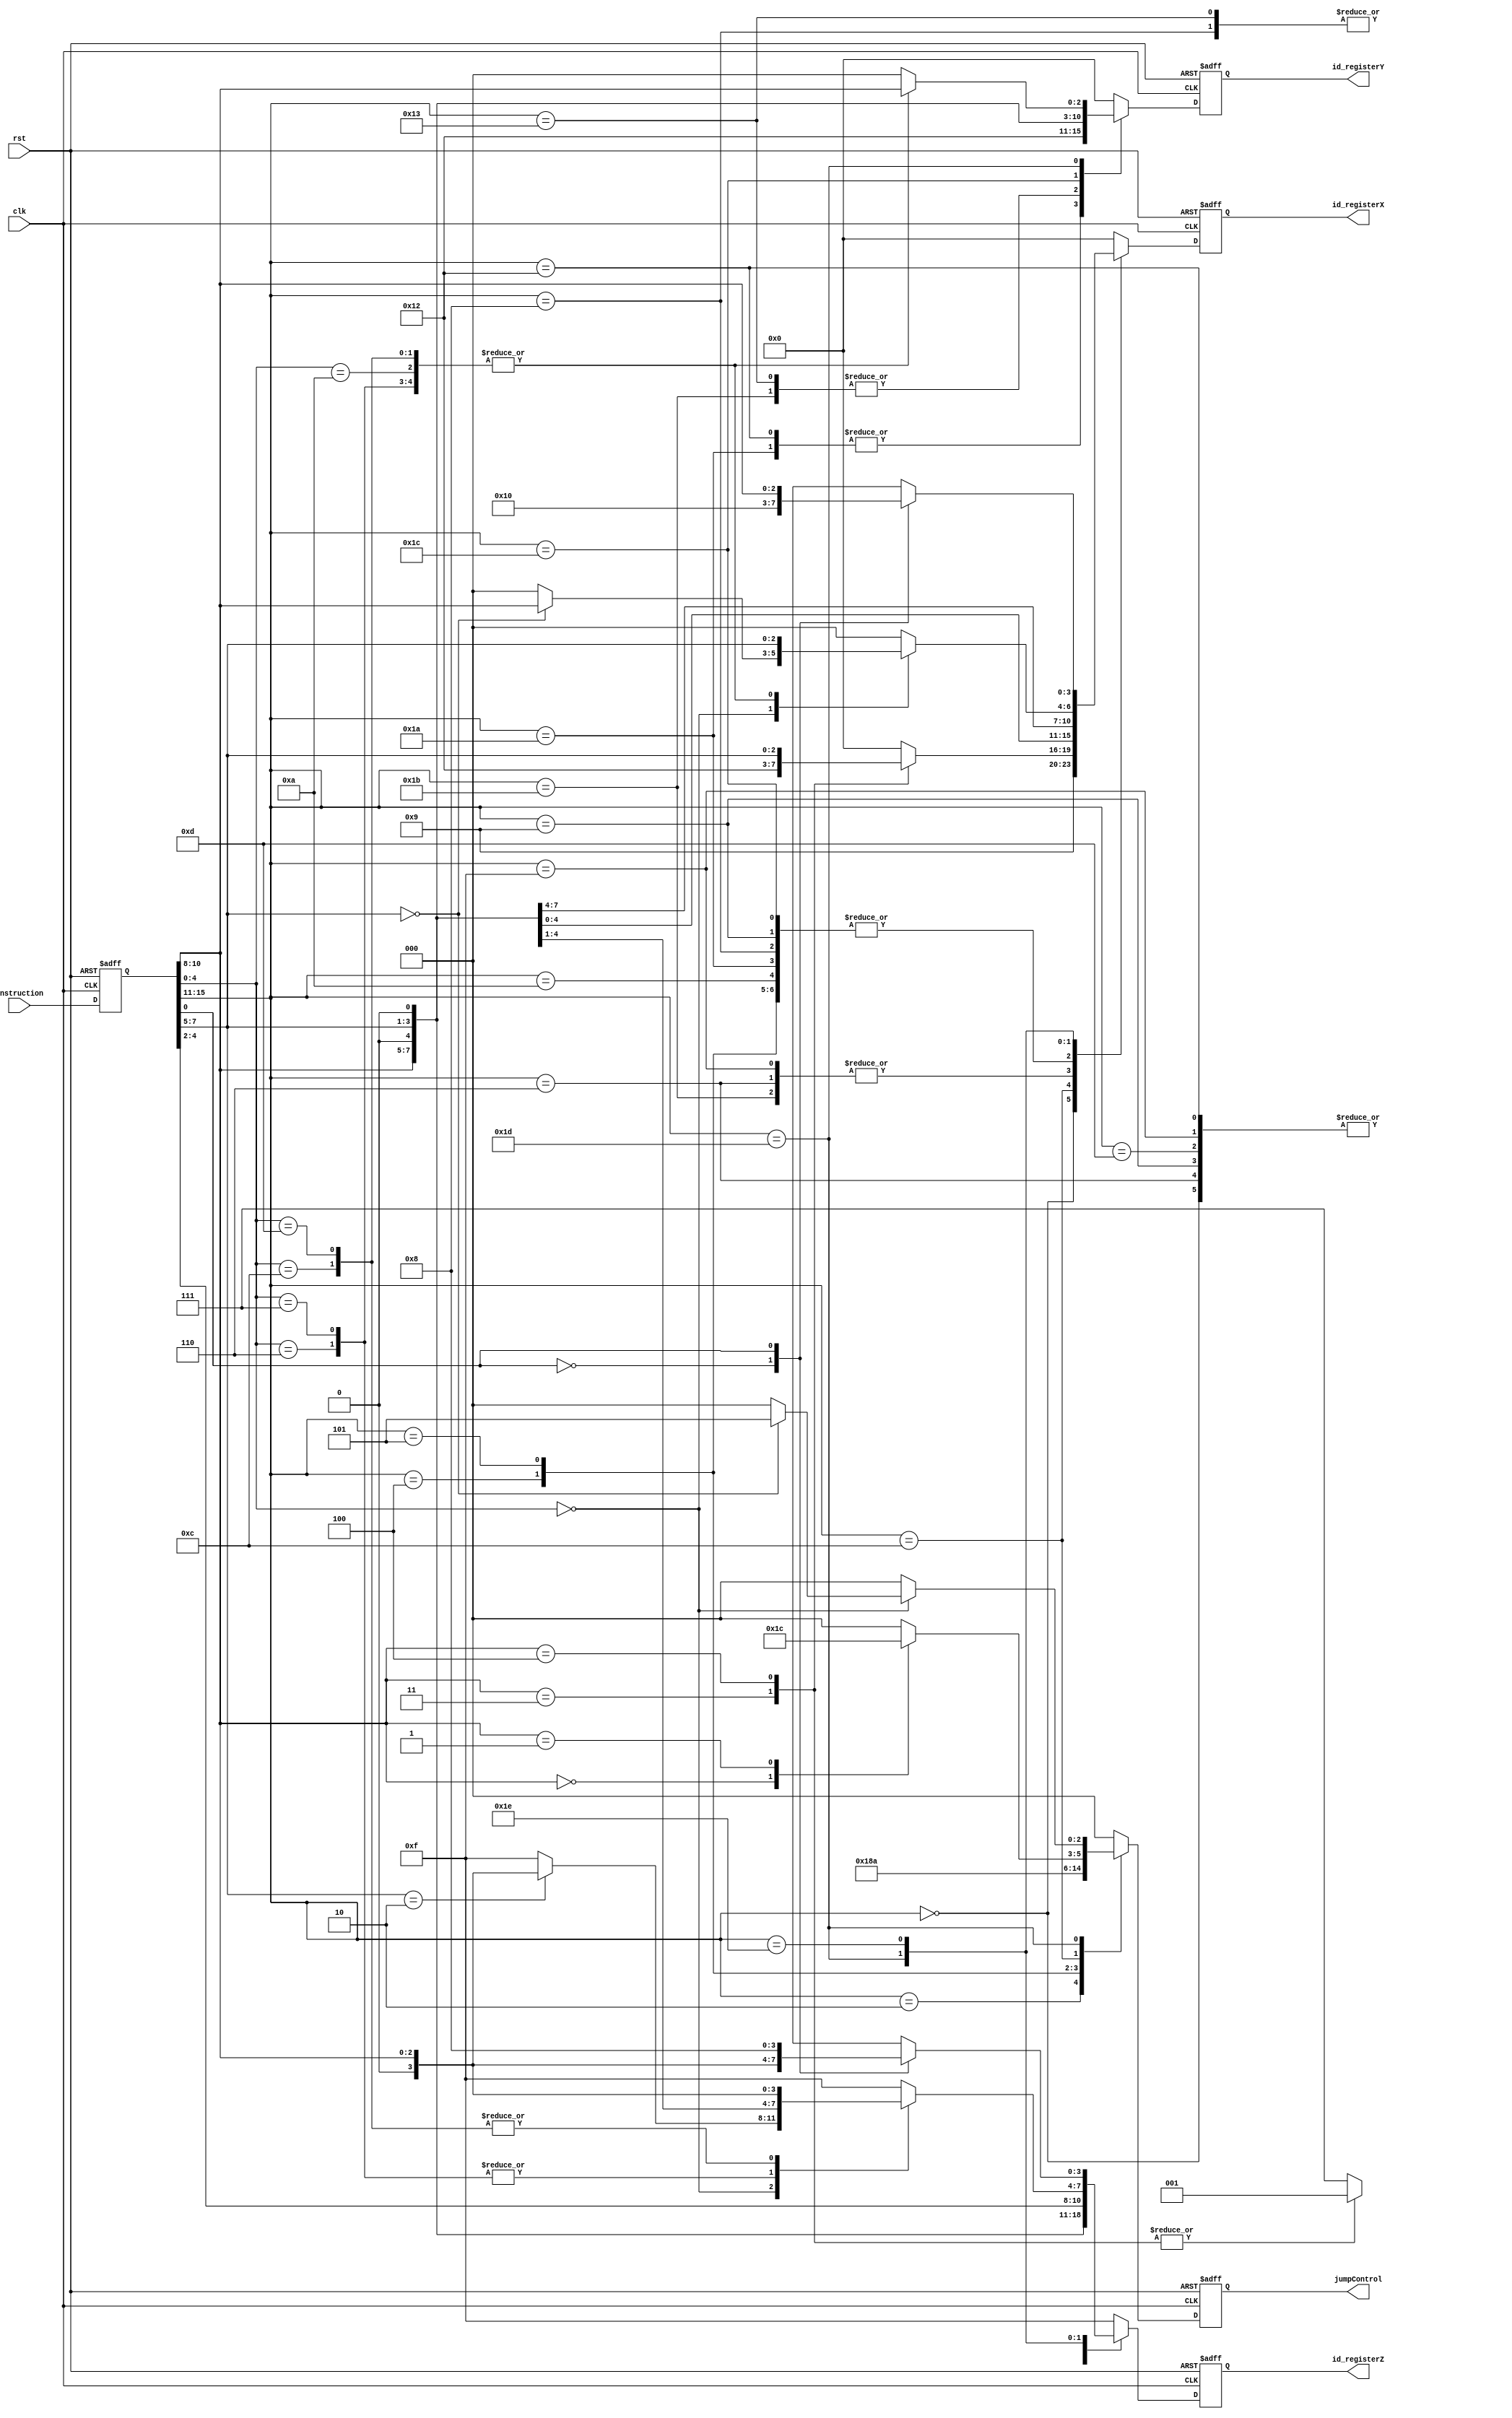
module instructionDecoder (
  input clk, rst,
  input [15:0] instruction,
  output reg [3:0] id_registerX, id_registerY, id_registerZ,
  output reg [2:0] jumpControl
);

localparam  IDLE = 3'b000,
  EQZ = 3'b001,
  NEZ = 3'b010,
  TEQZ = 3'b011,
  TNEZ = 3'b100,
  JUMP = 3'b101,
  DB = 3'b110;

reg [15:0] instructionBuffer;

always @ (negedge clk or negedge rst)
  if (!rst)
    instructionBuffer = 16'b0000100000000000; // nop
  else
    instructionBuffer = instruction;

always @ (posedge clk or negedge rst)
begin
  id_registerX = 0;
  id_registerY = 0;
  id_registerZ = 4'hf;
  jumpControl = 0;
  if (!rst) // the negedge of rst
  begin
    id_registerX = 0;
    id_registerY = 0;
    id_registerZ = 4'hf;
    jumpControl = 0;
  end
  else
  begin
    case (instructionBuffer[15:11])
      5'b00000:                         // addsp3
      begin
        id_registerX = 4'b1001;            // sp
        id_registerZ = instructionBuffer[10:8];
      end
      5'b00010:                         // b
        jumpControl = DB;
      5'b00100:                         // beqz
      begin
        id_registerX = instructionBuffer[10:8];
        jumpControl = EQZ;
      end
      5'b00101:                         // bnez
      begin
        id_registerX = instructionBuffer[10:8];
        jumpControl = NEZ;
      end
      5'b00110:                         // sll, srl, sra
      begin
        id_registerX = instructionBuffer[7:5];
        id_registerZ = instructionBuffer[10:8];
      end
      5'b01000:                         // addiu3
      begin
        id_registerX = instructionBuffer[10:8];
        id_registerZ = instructionBuffer[7:5];
      end
      5'b01001:                         // addiu
      begin
        id_registerX = instructionBuffer[10:8];
        id_registerZ = instructionBuffer[10:8];
      end
      5'b01010:                         // slti
        id_registerX = instructionBuffer[10:8];
      5'b01100:                         // addsp, bteqz, btnez, mtsp
        case (instructionBuffer[10:8])
          3'b000:                       // bteqz
            jumpControl = TEQZ;
          3'b001:                       // btnez
            jumpControl = TNEZ;
          3'b011:                       // addsp
          begin
            id_registerX = 4'b1001;        // sp
            id_registerZ = 4'b1001;        // sp
          end
          3'b100:                       // mtsp
          begin
            id_registerX = instructionBuffer[7:5];
            id_registerZ = 4'b1001;        // sp
          end
        endcase
      5'b01101:                         // li
        id_registerZ = instructionBuffer[10:8];
      5'b01111:                         // move
      begin
        id_registerX = instructionBuffer[7:5];
        id_registerZ = instructionBuffer[10:8];
      end
      5'b10010:                         // lw_sp
      begin
        id_registerY = 4'b1001;            // sp
        id_registerZ = instructionBuffer[10:8];
      end
      5'b10011:                         // lw
      begin
        id_registerY = instructionBuffer[10:8];
        id_registerZ = instructionBuffer[7:5];
      end
      5'b11010:                         // sw_sp
      begin
        id_registerX = instructionBuffer[10:8];
        id_registerY = 4'b1001;            // sp
      end
      5'b11011:                         // sw
      begin
        id_registerX = instructionBuffer[7:5];
        id_registerY = instructionBuffer[10:8];
      end
      5'b11100:                         // addu, subu
      begin
        id_registerX = instructionBuffer[10:8];
        id_registerY = instructionBuffer[7:5];
        id_registerZ = instructionBuffer[4:2];
      end
      5'b11101:                         // jr, mfpc, srav, srlv, cmp, neg, and, or, xor, not
        case (instructionBuffer[4:0])
          5'b00000:                     // jalr, jr, jrra, mfpc
            case (instructionBuffer[7:5])
              3'b000:                   // jr
              begin
                id_registerX = instructionBuffer[10:8];
                jumpControl = JUMP;
              end
              3'b010:                   // mfpc
                id_registerZ = instructionBuffer[10:8];
            endcase
          5'b00110:                     // srlv
          begin
            id_registerX = instructionBuffer[7:5];
            id_registerY = instructionBuffer[10:8];
            id_registerZ = instructionBuffer[7:5];
          end
          5'b00111:                     // srav
          begin
            id_registerX = instructionBuffer[7:5];
            id_registerY = instructionBuffer[10:8];
            id_registerZ = instructionBuffer[7:5];
          end
          5'b01010:                     // cmp
          begin
            id_registerX = instructionBuffer[7:5];
            id_registerY = instructionBuffer[10:8];
          end
          5'b01100:                     // and
          begin
            id_registerX = instructionBuffer[7:5];
            id_registerY = instructionBuffer[10:8];
            id_registerZ = instructionBuffer[10:8];
          end
          5'b01101:                     // or
          begin
            id_registerX = instructionBuffer[7:5];
            id_registerY = instructionBuffer[10:8];
            id_registerZ = instructionBuffer[10:8];
          end
        endcase
      5'b11110:                         // mfih, mtih
        case (instructionBuffer[0])
          1'b0:                         // mfih
          begin
            id_registerX = 4'b1000;        // ih
            id_registerZ = instructionBuffer[10:8];
          end
          1'b1:                         // mtih
          begin
            id_registerX = instructionBuffer[10:8];
            id_registerZ = 4'b1000;        // ih
          end
        endcase
      default:
      begin
        id_registerX = 0;
        id_registerY = 0;
        id_registerZ = 4'hF;
        jumpControl = 0;
      end
    endcase
  end
end

endmodule